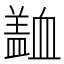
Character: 𧗍